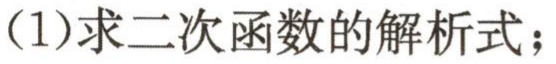
(1)求二次函数的解析式；